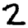
Digit: 2